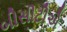
બીસીટીએ